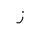
Letter: _zay